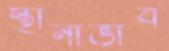
স্থানাভাব